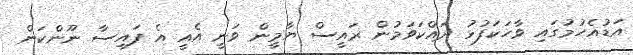
އަޑުއެހުމުގައި ވާހަކަފުޅު ދައްކަވަމުން ރައީސް ޔާމީން ވަނީ އެއީ އެ ފައިސާ ނޫންކަން